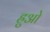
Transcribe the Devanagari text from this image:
ह्रुओ